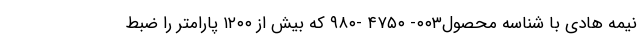
نیمه هادی با شناسه محصول۰۰۳- ۴۷۵۰ -۹۸۰ که بیش از ۱۲۰۰ پارامتر را ضبط